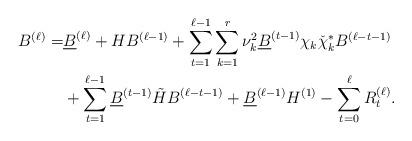
LaTeX: \begin{align*} B^{(\ell)}=&\underline{B}^{(\ell)}+HB^{(\ell-1)}+\sum_{t=1}^{\ell-1}\sum_{k=1}^r\nu_k^2\underline{B}^{(t-1)}\chi_k\check{\chi}_k^* B^{(\ell-t-1)}\\ &+\sum_{t=1}^{\ell-1} \underline{B}^{(t-1)}\tilde{H} B^{(\ell-t-1)}+\underline{B}^{(\ell-1)}H^{(1)}-\sum_{t=0}^{\ell} R_t^{(\ell)}. \end{align*}